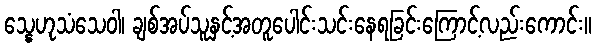
သ္နေဟုသံသေဝါ၊ ချစ်အပ်သူနှင့်အတူပေါင်းသင်းနေရခြင်းကြောင့်လည်းကောင်း။